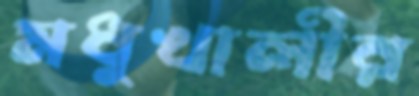
মধুখালীর